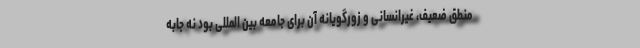
منطق ضعیف، غیرانسانی و زورگویانه آن برای جامعه بین المللی بود نه جابه